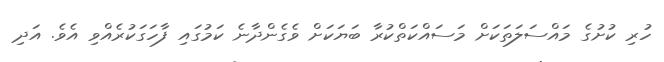
ހުރި ކުށުގެ މައްސަލަތަކަށް މަސައްކަތްކުރާ ބަޔަކަށް ވެގެންދާނެ ކަމުގައި ފާހަގަކުރެއްވި އެވެ. އަދި